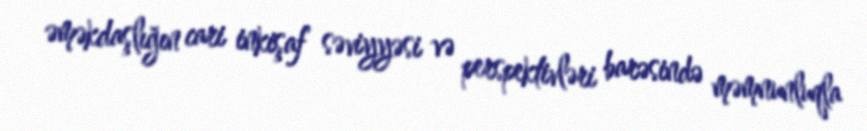
əməkdaşlığın cari inkişaf səviyyəsi və perspektivləri barəsində məmnunluqla